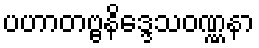
ပဟာတဗ္ဗနိဒ္ဒေသဝဏ္ဏနာ